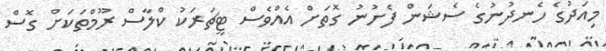
މިއަދުގެ ހެނދުނުގެ ސެޝަން ފެށުނު ގޮތަށް އެއްވެސް ޓީޗަރަކު ކްލާސް ރޫމްތަކަށް ގޮސް